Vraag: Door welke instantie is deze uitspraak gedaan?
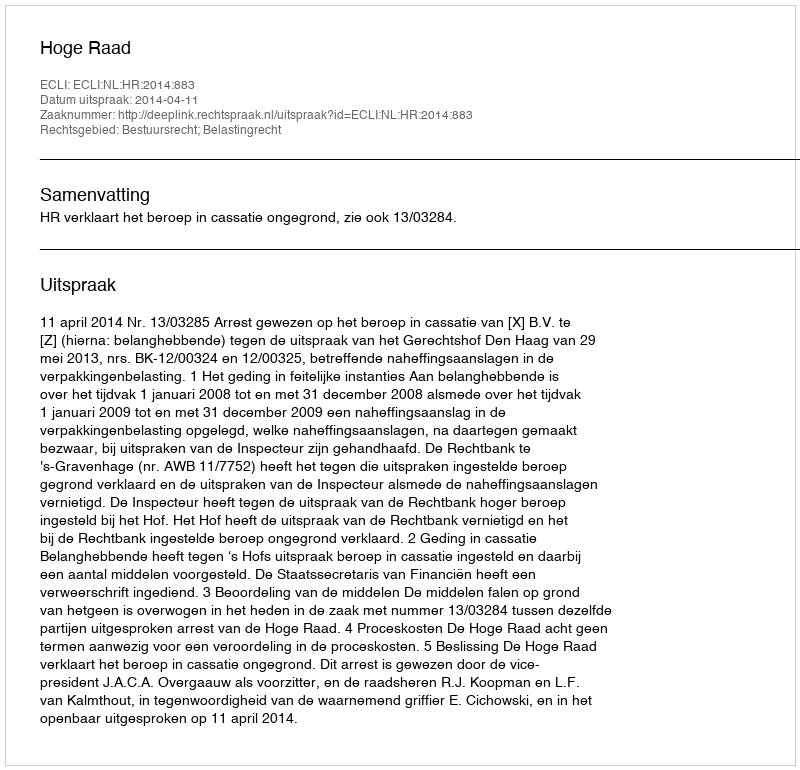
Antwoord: Hoge Raad